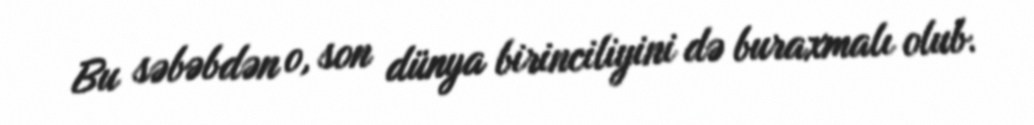
Bu səbəbdən o, son dünya birinciliyini də buraxmalı olub.